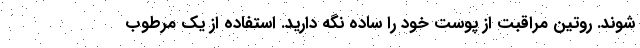
شوند. روتین مراقبت از پوست خود را ساده نگه دارید. استفاده از یک مرطوب